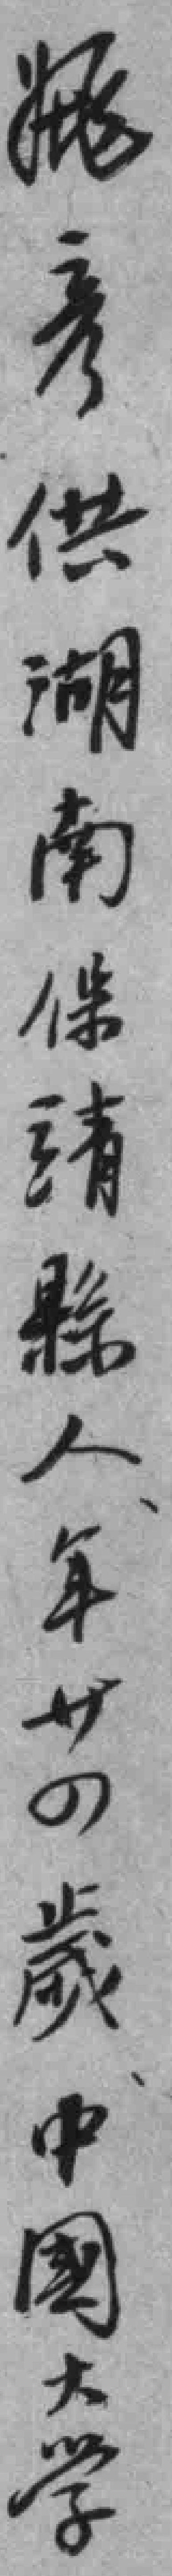
姚彦供湖南保靖縣人年卄四歲中國大學